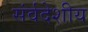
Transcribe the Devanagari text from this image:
संर्वदेशीय